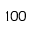
1 0 0